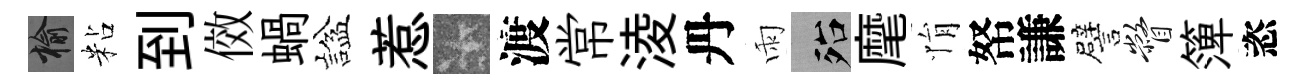
榆粘到傚蝸諡惹卡渡常淩丹雨殆麾悁帑謙譬瞥𥱼恣